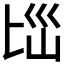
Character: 𱑄